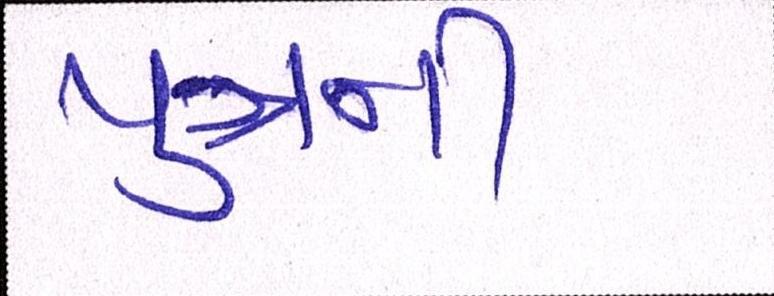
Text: પુત્રની